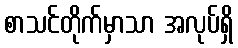
စာသင်တိုက်မှာသာ အလုပ်ရှိ